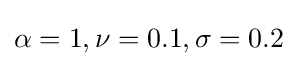
\alpha =1,\nu =0.1,\sigma =0.2